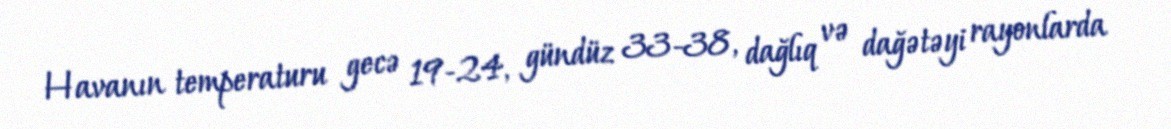
Havanın temperaturu gecə 19-24, gündüz 33-38, dağlıq və dağətəyi rayonlarda